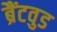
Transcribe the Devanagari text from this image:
ब्रैंटवुड